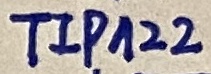
Text: TIP122